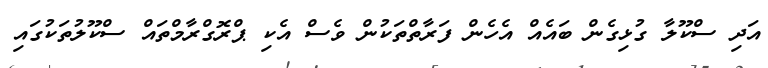
އަދި ސްކޫލާ ގުޅިގެން ބައެއް އެހެން ފަރާތްތަކުން ވެސް އެކި ޕްރޮގްރާމްތައް ސްކޫލުތަކުގައި